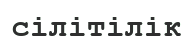
сілітілік